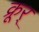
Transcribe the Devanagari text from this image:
क्रूर्